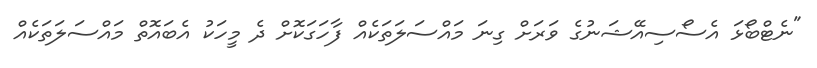
"ނެޓްބޯޅަ އެސޯސިއޭޝަނުގެ ވަރަށް ގިނަ މައްސަލަތަކެއް ފާހަގަކޮށް ދެ މީހަކު އެބައޮތް މައްސަލަތަކެއް